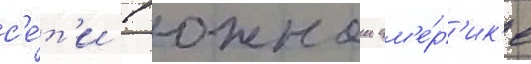
с'е́т'и в южнои ам'е́р'ик'е